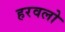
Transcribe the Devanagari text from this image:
हरवलो